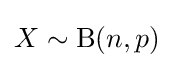
X\sim \mathrm {B} (n,p)